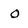
Character: 0